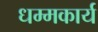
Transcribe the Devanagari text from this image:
धम्मकार्य